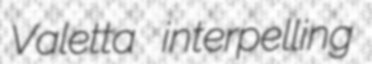
Valetta interpelling